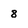
Character: 8